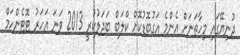
ދުނިޔޭގައި މިހާތަނަށް އެންމެ އަގުބޮޑުކޮށް ކްލަބް ބަދަލުކުރީ 2013 ވަނަ އަހަރު ޓޮޓެންހަމް